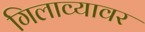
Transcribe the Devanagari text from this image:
गिलाव्यावर